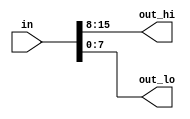
module top_module( 
    input wire [15:0] in,
    output wire [7:0] out_hi,
    output wire [7:0] out_lo );
	
    assign out_hi = in[15:8];
    assign out_lo = in[7:0];
endmodule